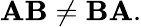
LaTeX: \mathbf{AB}\neq\mathbf{BA}.